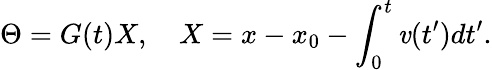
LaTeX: \Theta=G(t)X,~~~~X=x-x_{0}-\int_{0}^{t}\mathit{v}(t^{\prime})dt^{\prime}.